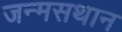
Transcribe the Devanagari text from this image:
जन्मसथान